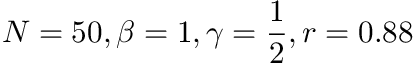
N = 5 0 , \beta = 1 , \gamma = \frac { 1 } { 2 } , r = 0 . 8 8